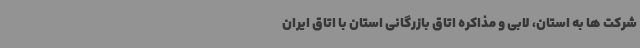
شرکت ها به استان، لابی و مذاکره اتاق بازرگانی استان با اتاق ایران